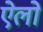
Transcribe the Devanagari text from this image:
ऐलो